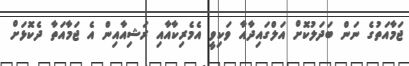
ޖަމާއަތުގެ ނަން ބަދަލުކޮށް އަލްގައިދާއާ ވަކިވީ އެމެރިކާއާއި ރަޝިއާއިން އެ ޖަމާއަތާ ދެކޮޅަށް